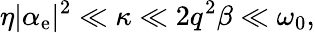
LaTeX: \eta|\alpha_{\mathrm{e}}|^{2}\ll\kappa\ll2q^{2}\beta\ll\omega_{0},